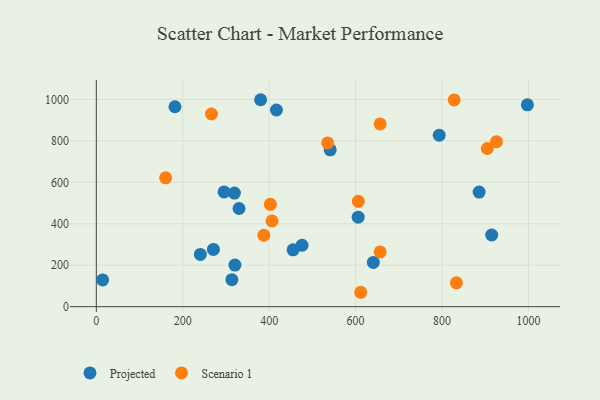
{"axis": {"x": "Investment", "y": "Yield"}, "legend": ["Projected", "Scenario 1"], "data": [{"x": "182.0", "y": 964.5, "type": "Projected"}, {"x": "541.3", "y": 756.9, "type": "Projected"}, {"x": "606.0", "y": 431.6, "type": "Projected"}, {"x": "313.7", "y": 130.4, "type": "Projected"}, {"x": "380.3", "y": 998.4, "type": "Projected"}, {"x": "319.6", "y": 548.0, "type": "Projected"}, {"x": "295.7", "y": 553.8, "type": "Projected"}, {"x": "320.8", "y": 200.8, "type": "Projected"}, {"x": "793.6", "y": 827.1, "type": "Projected"}, {"x": "476.1", "y": 296.4, "type": "Projected"}, {"x": "915.0", "y": 345.7, "type": "Projected"}, {"x": "455.4", "y": 274.1, "type": "Projected"}, {"x": "416.8", "y": 948.9, "type": "Projected"}, {"x": "997.6", "y": 973.8, "type": "Projected"}, {"x": "271.0", "y": 276.1, "type": "Projected"}, {"x": "641.1", "y": 213.6, "type": "Projected"}, {"x": "886.0", "y": 552.8, "type": "Projected"}, {"x": "14.6", "y": 129.3, "type": "Projected"}, {"x": "240.8", "y": 252.3, "type": "Projected"}, {"x": "330.3", "y": 473.7, "type": "Projected"}, {"x": "612.0", "y": 69.5, "type": "Scenario 1"}, {"x": "606.4", "y": 508.2, "type": "Scenario 1"}, {"x": "904.9", "y": 763.1, "type": "Scenario 1"}, {"x": "656.8", "y": 264.3, "type": "Scenario 1"}, {"x": "160.4", "y": 621.4, "type": "Scenario 1"}, {"x": "833.4", "y": 115.3, "type": "Scenario 1"}, {"x": "266.5", "y": 929.5, "type": "Scenario 1"}, {"x": "387.7", "y": 344.6, "type": "Scenario 1"}, {"x": "926.1", "y": 796.1, "type": "Scenario 1"}, {"x": "828.2", "y": 997.5, "type": "Scenario 1"}, {"x": "406.6", "y": 413.5, "type": "Scenario 1"}, {"x": "402.9", "y": 493.9, "type": "Scenario 1"}, {"x": "535.3", "y": 789.8, "type": "Scenario 1"}, {"x": "656.8", "y": 881.7, "type": "Scenario 1"}]}